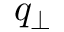
q _ { \perp }